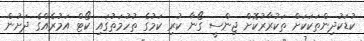
ކުޑަކުދިންތަކަކަށް ތަކުރާރުކޮށް ޖިންސީ ގޯނާ ކުރި ކަމުގެ ތުހުމަތުގައި ކޯޓް އަމުރެއްގެ ދަށުން